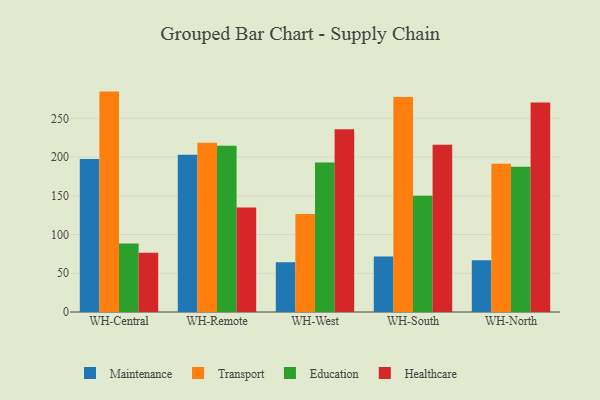
{"axis": {"x": "Warehouse", "y": "Temperature (°C)"}, "legend": ["Education", "Healthcare", "Maintenance", "Transport"], "data": [{"x": "WH-Central", "y": 197.6, "type": "Maintenance"}, {"x": "WH-Central", "y": 284.6, "type": "Transport"}, {"x": "WH-Central", "y": 88.6, "type": "Education"}, {"x": "WH-Central", "y": 76.4, "type": "Healthcare"}, {"x": "WH-Remote", "y": 203.2, "type": "Maintenance"}, {"x": "WH-Remote", "y": 218.7, "type": "Transport"}, {"x": "WH-Remote", "y": 214.8, "type": "Education"}, {"x": "WH-Remote", "y": 135.1, "type": "Healthcare"}, {"x": "WH-West", "y": 64.2, "type": "Maintenance"}, {"x": "WH-West", "y": 126.7, "type": "Transport"}, {"x": "WH-West", "y": 193.2, "type": "Education"}, {"x": "WH-West", "y": 236.1, "type": "Healthcare"}, {"x": "WH-South", "y": 71.8, "type": "Maintenance"}, {"x": "WH-South", "y": 277.6, "type": "Transport"}, {"x": "WH-South", "y": 150.1, "type": "Education"}, {"x": "WH-South", "y": 216.0, "type": "Healthcare"}, {"x": "WH-North", "y": 66.8, "type": "Maintenance"}, {"x": "WH-North", "y": 191.5, "type": "Transport"}, {"x": "WH-North", "y": 187.6, "type": "Education"}, {"x": "WH-North", "y": 270.5, "type": "Healthcare"}]}